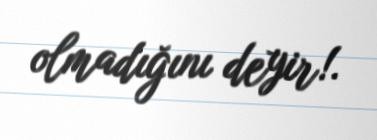
olmadığını deyir!.